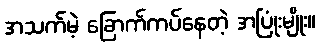
အသက်မဲ့ ခြောက်ကပ်နေတဲ့ အပြုံးမျိုး။